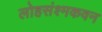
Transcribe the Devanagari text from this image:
लोहसंश्मकवन